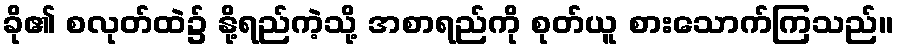
ခို၏ စလုတ်ထဲ၌ နို့ရည်ကဲ့သို့ အစာရည်ကို စုတ်ယူ စားသောက်ကြသည်။